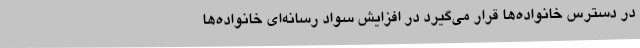
در دسترس خانواده‌ها قرار می‌گیرد در افزایش سواد رسانه‌ای خانواده‌ها